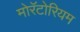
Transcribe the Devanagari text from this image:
मोरॅटोरियम